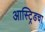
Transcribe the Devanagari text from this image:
आस्ट्रिडचा